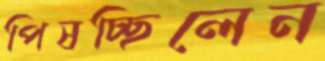
পিষচ্ছিলেন